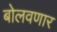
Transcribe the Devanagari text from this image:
बोलवणार